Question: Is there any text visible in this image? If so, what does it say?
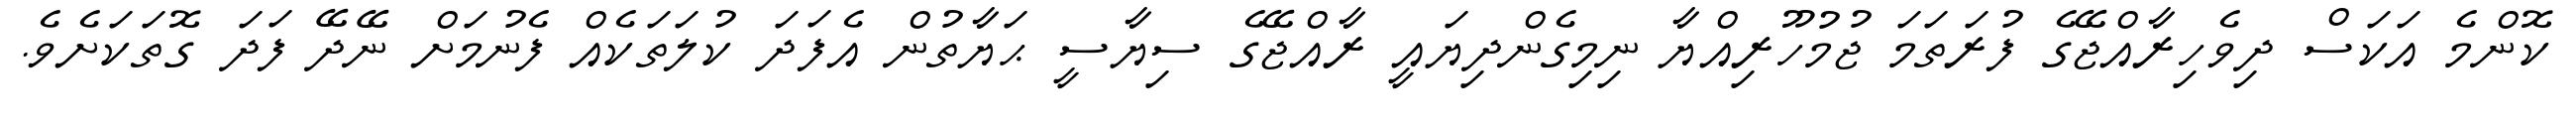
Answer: ކޮންމެ އަކަސް ދިވެހިރާއްޖޭގެ ފުރަތަމަ ޖުމުހޫރިއްޔާ ނިމިގެންދިޔައީ ރާއްޖޭގެ ސިޔާސީ ޙަޔާތުން އެފަދަ ކުލަތަކެއް ފެނުމަށް ނޭދޭ ފަދަ ގޮތަކަށެވެ.